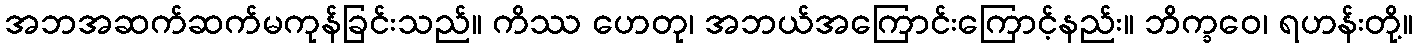
အဘအဆက်ဆက်မကုန်ခြင်းသည်။ ကိဿ ဟေတု၊ အဘယ်အကြောင်းကြောင့်နည်း။ ဘိက္ခဝေ၊ ရဟန်းတို့။